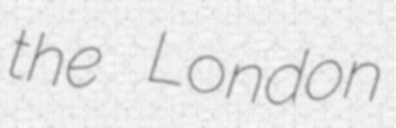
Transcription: the London